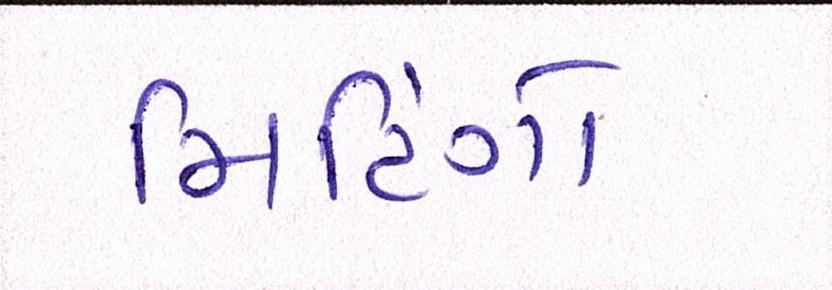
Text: મિટિંગો